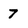
Character: 7